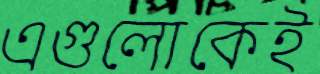
এগুলোকেই